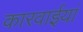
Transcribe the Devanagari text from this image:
कारवाईयां